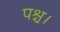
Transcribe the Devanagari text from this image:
पश्च।